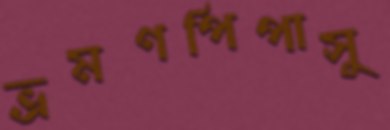
ভ্রমণপিপাসু